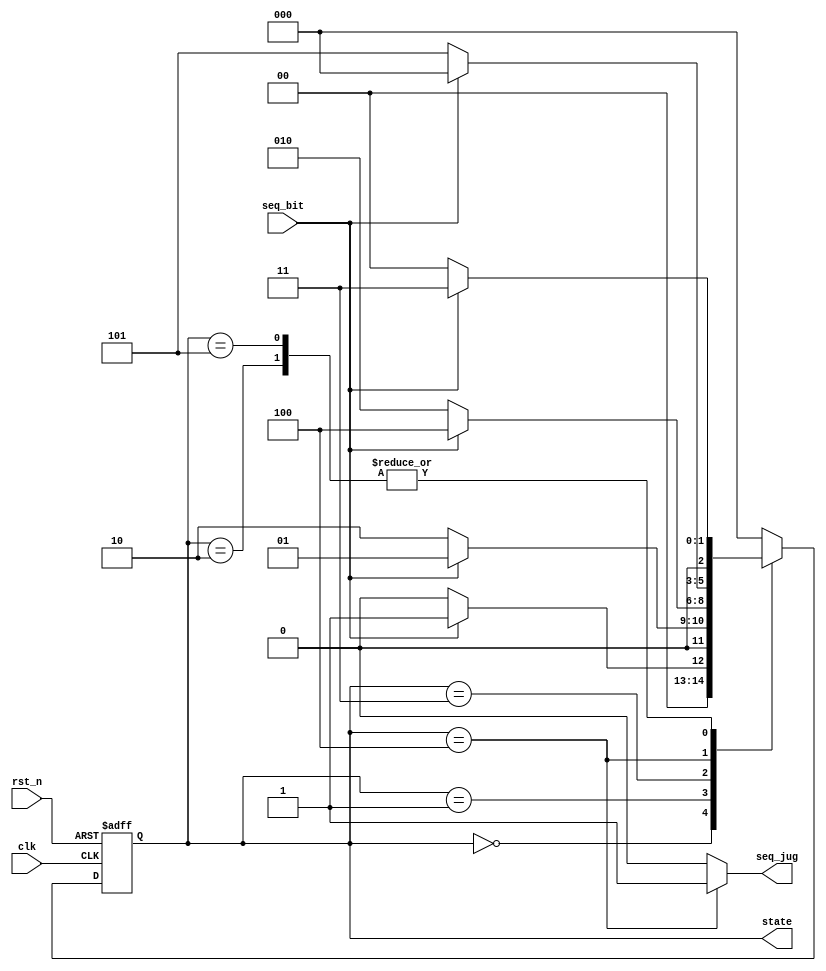
// Sequence Signal Detector

module ssd(
	input 	wire 		clk,		// clock, default is 50Mhz
	input 	wire 		rst_n,		// reset signal
	input 	wire 		seq_bit,	// the last bit of sequence signal code

	output 	wire 		seq_jug,	// Determine whether the signal(5'b10110) is detected,
									// 1 => Determine whether a signal is detected,
									// 0 => nothing.
	output 	reg [2:0] 	state		// state of FSM(finite state machine)
	);
	
	// PARAMETER DEFINE
	// parameter [15:0] seq_pre = 16'b0000_1101_1001_0101;
	// parameter [4:0] 	seq_dec = 5'b10110;
	
	// Sequence state coding
	parameter idle = 3'b000, s1 = 3'b001, s2 = 3'b010,
				s3 = 3'b011, s4 = 3'b100, s5 = 3'b101; 
	
	
	// State machine implementation
	always@(posedge clk, negedge rst_n)begin
		if(~rst_n) state <= idle;
		else begin
			case(state)
				idle: begin
					//seq_jug <= 1'b0;
					if(seq_bit == 1'b1) state <= s1;
					else state <= idle;
				end
				s1:begin
					//seq_jug <= 1'b0;
					if(seq_bit == 1'b0) state <= s2;
					else state <= s1;
				end
				s2:begin
					//seq_jug <= 1'b0;
					if(seq_bit == 1'b1) state <= s3;
					else state <= idle;
				end
				s3:begin
					//seq_jug <= 1'b0;
					if(seq_bit == 1'b1) state <= s4;
					else state <= s2;
				end
				s4:begin
					//seq_jug <= 1'b0;
					if(seq_bit == 1'b0) state <= s5;
					else state <= idle;
				end
				s5:begin
					//seq_jug <= 1'b0;
					if(seq_bit == 1'b0) state <= idle;
					else state <= s3;
				end
				default: state <= idle;
			endcase
		end
	end

	assign seq_jug = (state == s4) ? 1'b1:1'b0;

endmodule